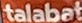
talabat